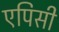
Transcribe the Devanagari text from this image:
एपिसी